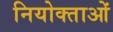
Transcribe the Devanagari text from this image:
नियोक्‍ताओं